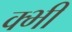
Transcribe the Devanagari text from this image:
क्भी